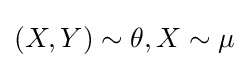
(X,Y)\sim \theta ,X\sim \mu